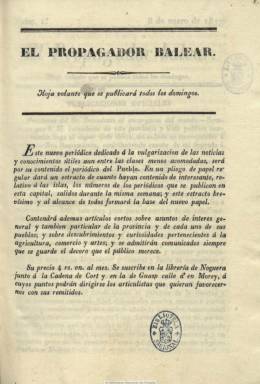
Título: El Propagador balear
Colección: Revistas de información general
Ámbito geográfico: Baleares
Lugar de publicación: Palma de Mallorca
Fechas: 01/01/1837-14/05/1837

El primero de este título, que el regente de la entonces denominada  Imprenta Nacional, Juan Guasp y Pascual, estampa y redacta en Palma de Mallorca a partir del ocho de enero hasta el catorce de mayo de 1837, como especie de suplemento semanal al Diario constitucional, del que también es propietario, y que pretende que sea “periódico del pueblo”, dirigido a todas las clases. Aunque su subtítulo expresa “hoja volante que se publica todos los domingos”, sus entregas son de ocho páginas, en pliego regular y compuestas a una columna, en la que es considerada una de las imprentas con los más excelentes tipos, que había conseguido reunir su progenitor, Felipe Guasp. En ellas inserta extractos semanales de las principales informaciones, tanto oficiales (nombramientos, proclamas, órdenes, circulares, tribunales, subastas, instrucción pública, bienes nacionales, etc.) como las denominadas particulares, que encabeza con el nombre de cada población de las islas a las que afecta. Además de contener abundante información local, publica artículos sobre asuntos de interés general, de comercio, arte, industria, instrucción pública o religión, así como la relación de precios de granos y otros artículos de consumo y observaciones meteorológicas, además de comunicados y algún obituario. Entre sus colaboradores se encuentra Francesc J. Riutort i Feliu (1812-1885). Tras publicar 19 números, cesa para no hacer frente su editor al depósito en metálico al que le obliga la nueva Ley de Imprenta. Según Rover de Rosselló, su colección completa la forma un tomo de 168 páginas.